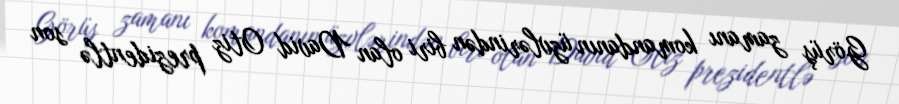
Görüş zamanı komandanın üzvlərindən biri olan David Otiz prezidentlə son